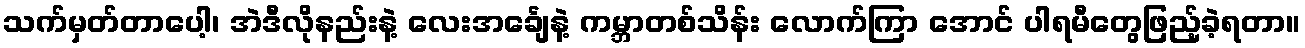
သက်မှတ်တာပေါ့၊ အဲဒီလိုနည်းနဲ့ လေးအင်္ချေနဲ့ ကမ္ဘာတစ်သိန်း လောက်ကြာ အောင် ပါရမီတွေဖြည့်ခဲ့ရတာ။